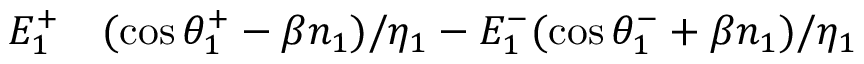
\begin{array} { r l } { E _ { 1 } ^ { + } } & { { } ( \cos \theta _ { 1 } ^ { + } - \beta n _ { 1 } ) / \eta _ { 1 } - E _ { 1 } ^ { - } ( \cos \theta _ { 1 } ^ { - } + \beta n _ { 1 } ) / \eta _ { 1 } } \end{array}